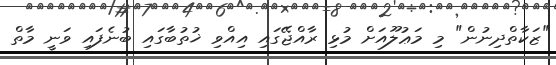
"ޒަކާތްދިނުން" މި މަޢުލޫއަށް މުޅި ރާއްޖޭގައި އިއްވި ޚުތުބާގައި ބުނެފައި ވަނީ މާތް